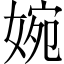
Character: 婉